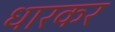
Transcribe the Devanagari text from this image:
धारकर